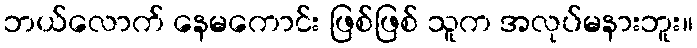
ဘယ်လောက် နေမကောင်း ဖြစ်ဖြစ် သူက အလုပ်မနားဘူး။